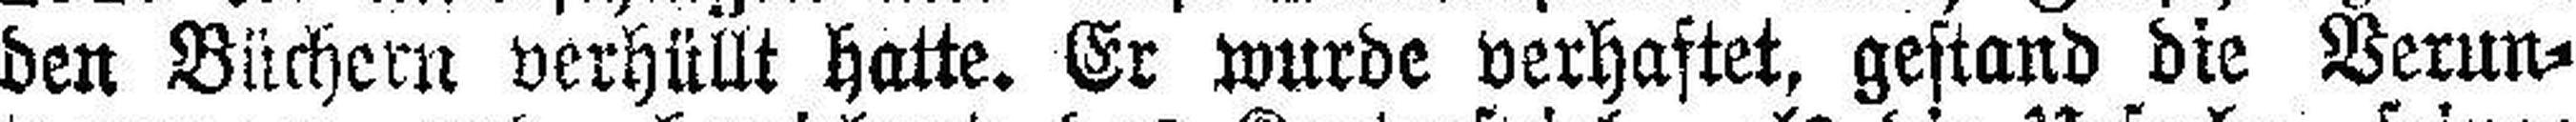
den Büchern verhüllt hatte. Er wurde verhaftet, gestand die Verun¬